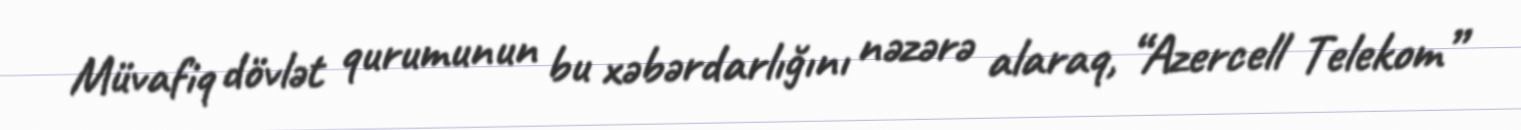
Müvafiq dövlət qurumunun bu xəbərdarlığını nəzərə alaraq, “Azercell Telekom”